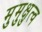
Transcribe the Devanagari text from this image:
मुमुक्षुत्व